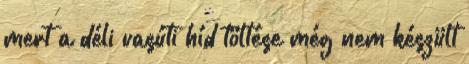
mert a déli vasúti híd töltése még nem készült